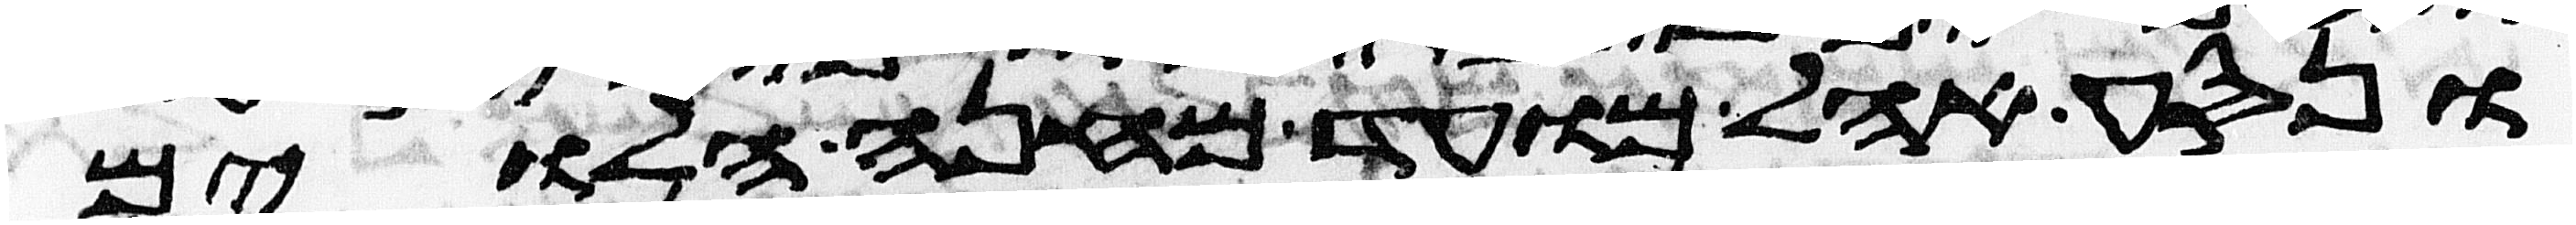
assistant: ונסע אהל מועד מחנה הלוים